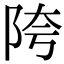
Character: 陓